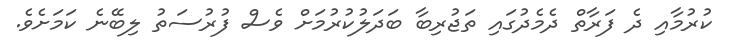
ކުރުމާއި ދެ ފަރާތް ދެމެދުގައި ތަޖުރިބާ ބަދަލުކުރުމަށް ވެސް ފުރުސަތު ލިބޭނެ ކަމަށެވެ.